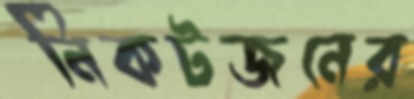
নিকটজনের